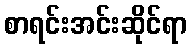
စာရင်းအင်းဆိုင်ရာ